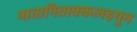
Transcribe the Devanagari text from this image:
मातापिताक्कलइयुन